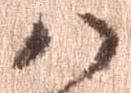
八